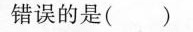
错误的是()